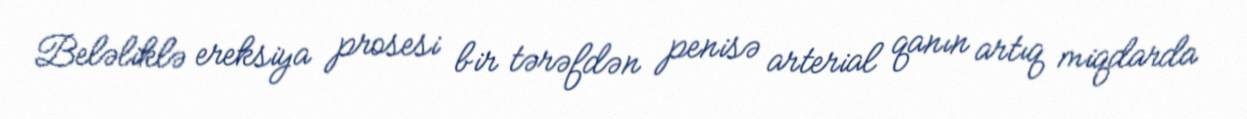
Beləliklə ereksiya prosesi bir tərəfdən penisə arterial qanın artıq miqdarda